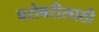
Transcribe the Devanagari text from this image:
बरोबरीसाठी